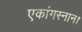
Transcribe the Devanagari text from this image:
एकांगस्नान।